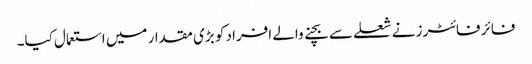
فائر فائٹرز نے شعلے سے بچنے والے افراد کو بڑی مقدار میں استعمال کیا۔